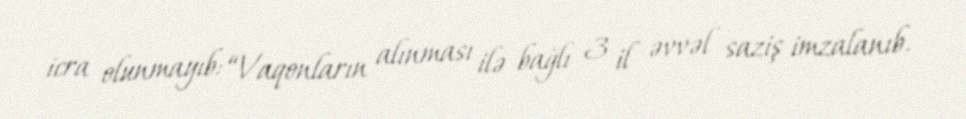
icra olunmayıb: “Vaqonların alınması ilə bağlı 3 il əvvəl saziş imzalanıb.